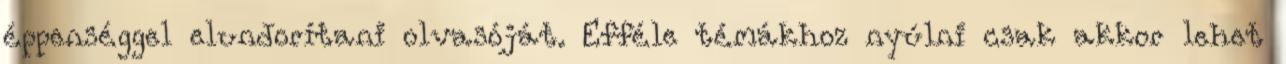
éppenséggel elundorítani olvasóját. Efféle témákhoz nyúlni csak akkor lehet